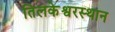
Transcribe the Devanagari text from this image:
तिलकेश्वरस्थान